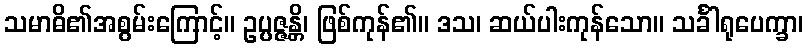
သမာဓိ၏အစွမ်းကြောင့်။ ဥပ္ပဇ္ဇန္တိ၊ ဖြစ်ကုန်၏။ ဒသ၊ ဆယ်ပါးကုန်သော။ သင်္ခါရုပေက္ခာ၊